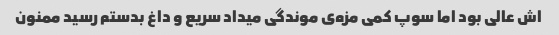
اش عالی بود اما سوپ کمی مزه‌ی موندگی میداد سریع و داغ بدستم رسید ممنون